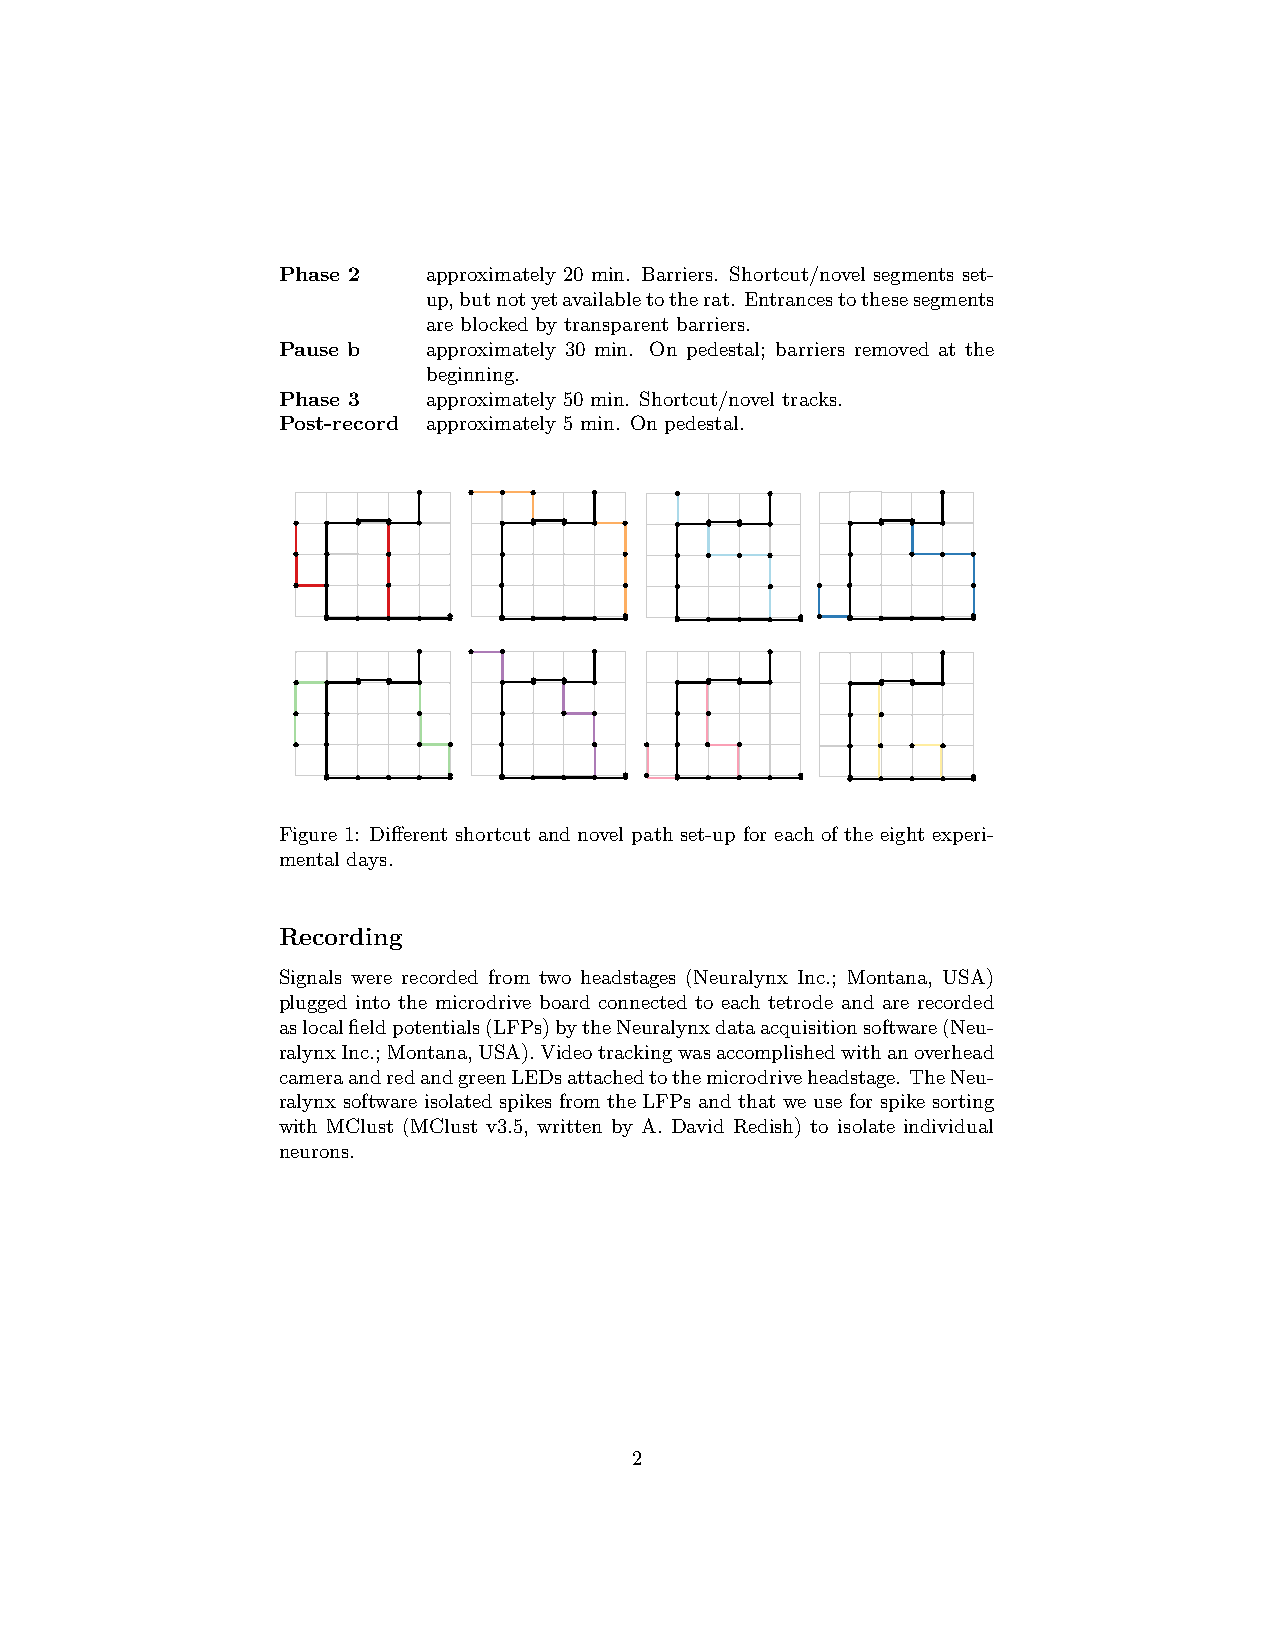
Phase 2   approximately 20 min. Barriers. Shortcut/novel segments set-
 up,butnotyetavailabletotherat. Entrancestothesesegments
 are blocked by transparent barriers.
 Pause b   approximately 30 min. On pedestal; barriers removed at the
 beginning.
 Phase 3   approximately 50 min. Shortcut/novel tracks.
 Post-record approximately 5 min. On pedestal.
 Figure 1: Different shortcut and novel path set-up for each of the eight experi-
 mental days.
 Recording
 Signals were recorded from two headstages (Neuralynx Inc.; Montana, USA)
 plugged into the microdrive board connected to each tetrode and are recorded
 aslocalfieldpotentials(LFPs)bytheNeuralynxdataacquisitionsoftware(Neu-
 ralynxInc.;Montana,USA).Videotrackingwasaccomplishedwithanoverhead
 cameraandredandgreenLEDsattachedtothemicrodriveheadstage. TheNeu-
 ralynx software isolated spikes from the LFPs and that we use for spike sorting
 with MClust (MClust v3.5, written by A. David Redish) to isolate individual
 neurons.
 2